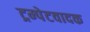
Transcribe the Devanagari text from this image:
ट्रम्पेटवादक